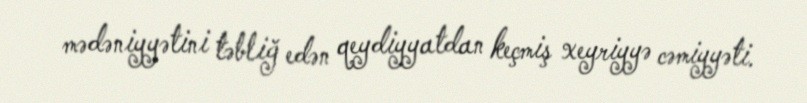
mədəniyyətini təbliğ edən qeydiyyatdan keçmiş xeyriyyə cəmiyyəti.